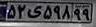
۵۲ی۵۹۸۹۹